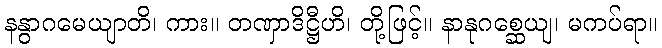
နနွာဂမေယျာတိ၊ ကား။ တဏှာဒိဋ္ဌီဟိ၊ တို့ဖြင့်။ နာနုဂစ္ဆေယျ၊ မကပ်ရာ။